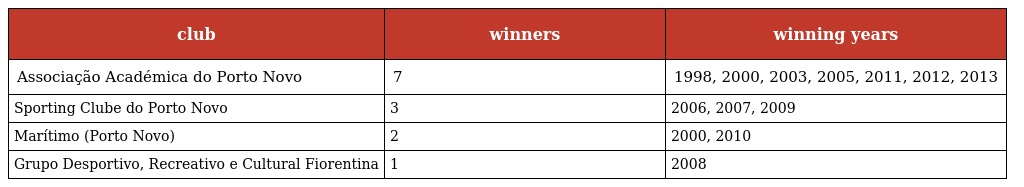
| club | winners | winning years |
 | --- | --- | --- |
 | Associação Académica do Porto Novo | 7 | 1998, 2000, 2003, 2005, 2011, 2012, 2013 |
 | Sporting Clube do Porto Novo | 3 | 2006, 2007, 2009 |
 | Marítimo (Porto Novo) | 2 | 2000, 2010 |
 | Grupo Desportivo, Recreativo e Cultural Fiorentina | 1 | 2008 |